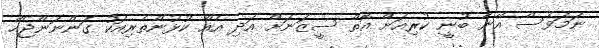
ނަމަވެސް އޭނާ ބުނީ ކުރިއަށް އޮތް ސީޒަނަށް އަދި އެއް ކުޅުންތެރިއަކު ގަންނަންޖެހޭ